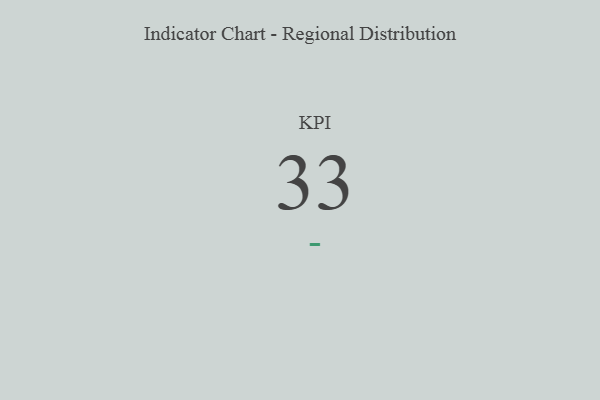
{"axis": {"x": "KPI", "y": "Value"}, "legend": [""], "data": [{"x": "KPI", "y": 33, "type": ""}]}